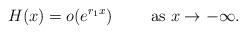
LaTeX: \begin{align*}H(x)=o(e^{r_1 x})\qquad\mbox{ as }x\to-\infty.\end{align*}